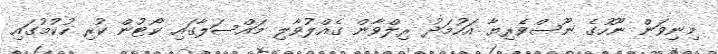
މިނިވަން ނޫހުގެ ނޫސްވެރިޔާ އަހުމަދު ރިލްވާން ގެއްލުވާލި މައްސަލާގައި ކޯޓުން ކުރި ހުކުމުގައި